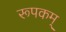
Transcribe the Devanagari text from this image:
रूपकम्